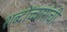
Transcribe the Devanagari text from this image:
शब्दोच्चारांची